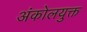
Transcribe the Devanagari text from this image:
अंकोलयुक्त